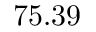
7 5 . 3 9